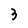
Character: 3